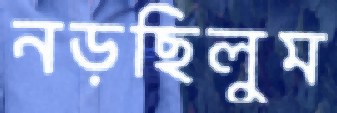
নড়ছিলুম